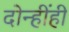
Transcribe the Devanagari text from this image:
दोन्हींही